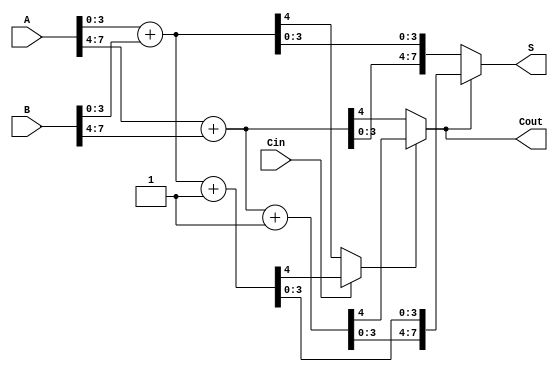
module RCCS_Adder #(parameter N = 8, M = 4) (
    input [N-1:0] A,        // First input
    input [N-1:0] B,        // Second input
    input Cin,              // Carry-in
    output [N-1:0] S,       // Sum output
    output Cout             // Carry-out
);

    // Internal signals
    wire [N/M-1:0] carry_out; // Carry outs for each group
    wire [N-1:0] sum0, sum1;  // Sums with Cin=0 and Cin=1 for each group
    wire [N/M-1:0] carry0, carry1; // Carry out with Cin=0 and Cin=1 for each group

    // Generate groups of adders
    genvar i;
    generate
        for (i = 0; i < N/M; i = i + 1) begin : adder_group
            // Indices for the current group
            wire [M-1:0] A_group = A[M*i +: M];
            wire [M-1:0] B_group = B[M*i +: M];

            // Two adders: one for Cin = 0 and one for Cin = 1
            wire [M:0] sum0_temp, sum1_temp;
            assign sum0_temp = {1'b0, A_group} + {1'b0, B_group};
            assign sum1_temp = {1'b0, A_group} + {1'b0, B_group} + 1'b1;

            assign sum0[M*i +: M] = sum0_temp[M-1:0];
            assign sum1[M*i +: M] = sum1_temp[M-1:0];

            // Carry out calculations
            assign carry0[i] = sum0_temp[M]; // Carry out for Cin = 0
            assign carry1[i] = sum1_temp[M]; // Carry out for Cin = 1
            
            if (i == 0) begin
                assign carry_out[i] = Cin ? carry1[i] : carry0[i];
            end else begin
                assign carry_out[i] = carry_out[i-1] ? carry1[i] : carry0[i];
            end
        end
    endgenerate

    // Final sum and carry-out
    assign Cout = carry_out[N/M-1]; // Final carry-out from the last group
    assign S = ((Cout == 1'b0) ? sum0 : sum1); 

endmodule